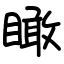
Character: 瞰